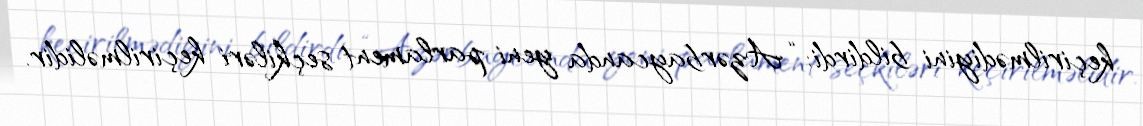
keçirilmədiyini bildirdi: “Azərbaycanda yeni parlament seçkiləri keçirilməlidir.